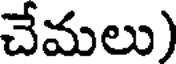
చేమలు)